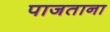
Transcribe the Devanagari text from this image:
पाजताना